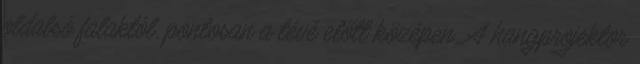
oldalsó falaktól, pontosan a tévé előtt középen. A hangprojektor